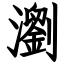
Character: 瀏